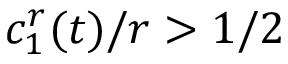
c _ { 1 } ^ { r } ( t ) / r > 1 / 2